Vaccination North-Western Provinces 1866-1877 - 1866-1877
Year: 1866
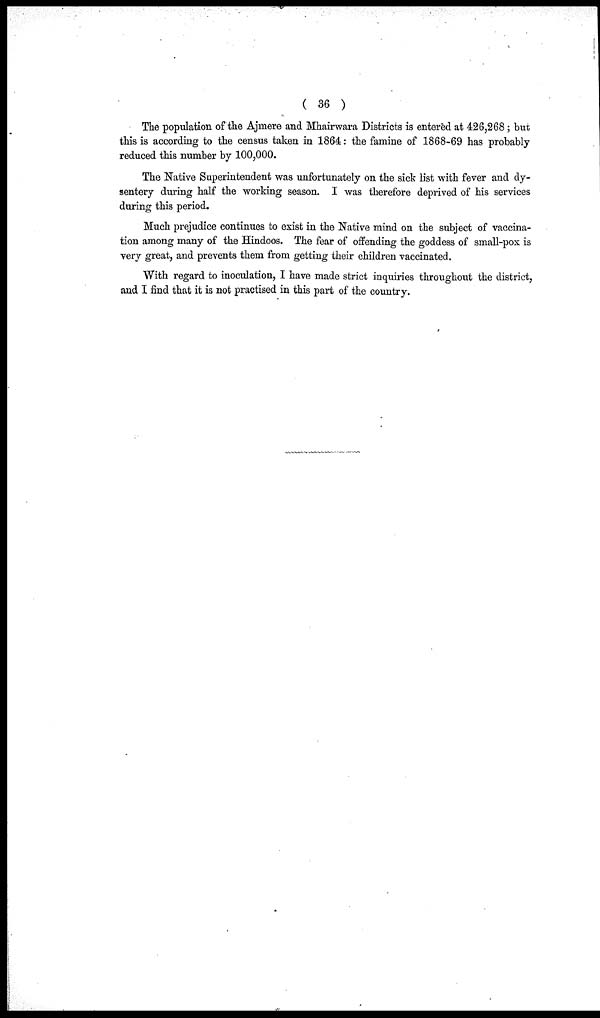
( 36 )
The population of the Ajmere and Mhairwara Districts is entered at 426,268; but
this is according to the census taken in 1864: the famine of 1868-69 has probably
reduced this number by 100,000.
The Native Superintendent was unfortunately on the sick list with fever and dy-
sentery during half the working season. I was therefore deprived of his services
during this period.
Much prejudice continues to exist in the Native mind on the subject of vaccina-
tion among many of the Hindoos. The fear of offending the goddess of small-pox is
very great, and prevents them from getting their children vaccinated.
With regard to inoculation, I have made strict inquiries throughout the district,
and I find that it is not practised in this part of the country.